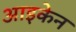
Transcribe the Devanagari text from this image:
आइकेन